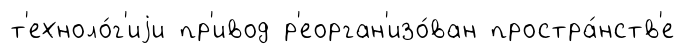
т'ехноло́г'иjи пр'ивод р'еорган'изо́ван простра́нств'е